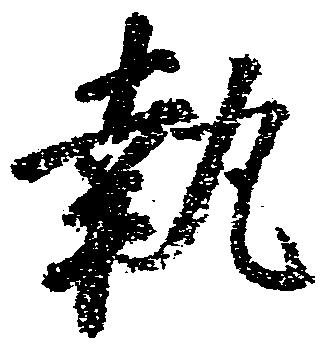
執